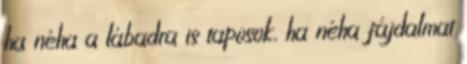
ha néha a lábadra is taposok, ha néha fájdalmat